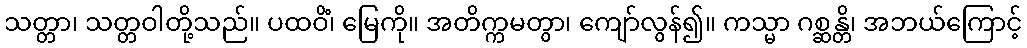
သတ္တာ၊ သတ္တဝါတို့သည်။ ပထဝိံ၊ မြေကို။ အတိက္ကမတွာ၊ ကျော်လွန်၍။ ကသ္မာ ဂစ္ဆန္တိ၊ အဘယ်ကြောင့်